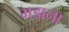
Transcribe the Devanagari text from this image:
भड़ाना